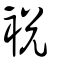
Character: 裞